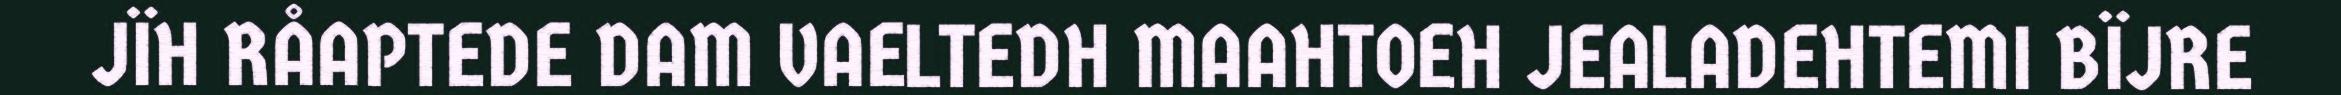
JÏH RÅAPTEDE DAM VAELTEDH MAAHTOEH JEALADEHTEMI BÏJRE